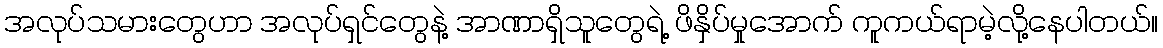
အလုပ်သမားတွေဟာ အလုပ်ရှင်တွေနဲ့ အာဏာရှိသူတွေရဲ့ ဖိနှိပ်မှုအောက် ကူကယ်ရာမဲ့လို့နေပါတယ်။